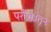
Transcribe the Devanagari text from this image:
परीप्रेक्षेतून